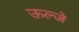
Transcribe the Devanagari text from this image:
ऊल्जे